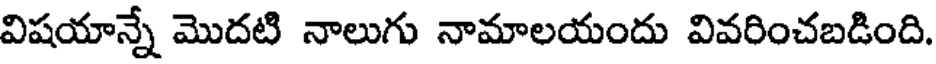
విషయాన్నే మొదటి నాలుగు నామాలయందు వివరించబడింది.